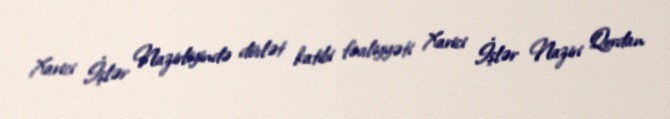
Xarici İşlər Nazirliyində dövlət katibi fəaliyyəti Xarici İşlər Naziri Qordan